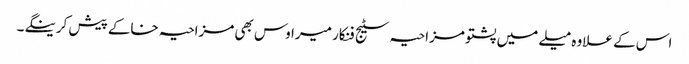
اس کے علاوہ میلے میں پشتو مزاحیہ سٹیج فنکار میراوس بھی مزاحیہ خاکے پیش کرینگے۔